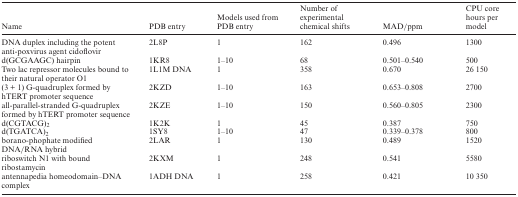
<table><thead><tr><td><b>Name</b></td><td><b>PDB entry</b></td><td><b>Models used from PDB entry</b></td><td><b>Number of experimental chemical shifts</b></td><td><b>MAD/ppm</b></td><td><b>CPU core hours per model</b></td></tr></thead><tbody><tr><td>DNA duplex including the potent anti-poxvirus agent cidoflovir</td><td>2L8P</td><td>1</td><td>162</td><td>0.496</td><td>1300</td></tr><tr><td>d(GCGAAGC) hairpin</td><td>1KR8</td><td>1–10</td><td>68</td><td>0.501–0.540</td><td>500</td></tr><tr><td>Two lac repressor molecules bound to their natural operator O1</td><td>1L1M DNA</td><td>1</td><td>358</td><td>0.670</td><td>26 150</td></tr><tr><td>(3 + 1) G-quadruplex formed by hTERT promoter sequence</td><td>2KZD</td><td>1–10</td><td>163</td><td>0.653–0.808</td><td>2700</td></tr><tr><td>all-parallel-stranded G-quadruplex formed by hTERT promoter sequence</td><td>2KZE</td><td>1–10</td><td>150</td><td>0.560–0.805</td><td>2300</td></tr><tr><td>d(CGTACG)<sub>2</sub></td><td>1K2K</td><td>1</td><td>45</td><td>0.387</td><td>750</td></tr><tr><td>d(TGATCA)<sub>2</sub></td><td>1SY8</td><td>1–10</td><td>47</td><td>0.339–0.378</td><td>800</td></tr><tr><td>borano-phophate modified DNA/RNA hybrid</td><td>2LAR</td><td>1</td><td>130</td><td>0.489</td><td>1520</td></tr><tr><td>riboswitch N1 with bound ribostamycin</td><td>2KXM</td><td>1</td><td>248</td><td>0.541</td><td>5580</td></tr><tr><td>antennapedia homeodomain–DNA complex</td><td>1ADH DNA</td><td>1</td><td>258</td><td>0.421</td><td>10 350</td></tr></tbody></table>